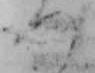
つ